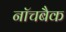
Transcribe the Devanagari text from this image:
नॉचबैक